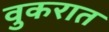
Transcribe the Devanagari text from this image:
वुकरात